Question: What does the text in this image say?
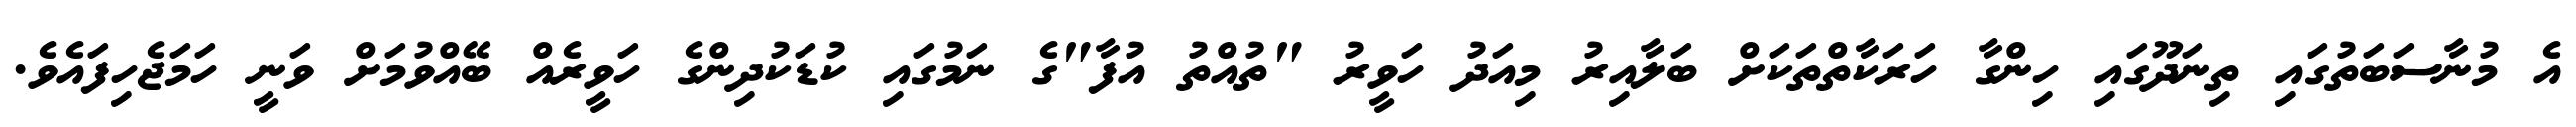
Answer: އެ މުނާސަބަތުގައި ތިނަދޫގައި ހިންގާ ހަރަކާތްތަކަށް ބަލާއިރު މިއަދު ހަވީރު "ތުއްތު އުފާ"ގެ ނަމުގައި ކުޑަކުދިންގެ ހަވީރެއް ބޭއްވުމަށް ވަނީ ހަމަޖެހިފައެވެ.